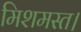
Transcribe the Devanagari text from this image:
मिशमस्त।